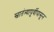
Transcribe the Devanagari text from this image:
स्वातंत्र्यापूर्वीपासून